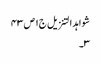
شواہد التنزیل ج١ ص ٤٣
٣۔